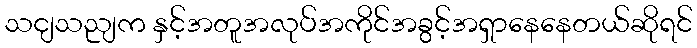
သငျသညျက နှင့်အတူအလုပ်အကိုင်အခွင့်အရှာနေနေတယ်ဆိုရင်